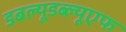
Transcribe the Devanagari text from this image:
डबल्यूडब्ल्यूएफ